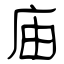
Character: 庙